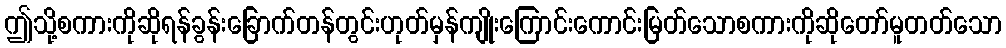
ဤသို့စကားကိုဆိုရန်ခွန်းခြောက်တန်တွင်းဟုတ်မှန်ကျိုးကြောင်းကောင်းမြတ်သောစကားကိုဆိုတော်မူတတ်သော